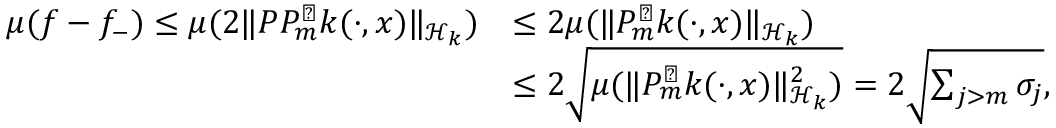
\begin{array} { r l } { \mu ( f - f _ { - } ) \le \mu ( 2 \lVert P P _ { m } ^ { \perp } k ( \cdot , x ) \rVert _ { \mathcal { H } _ { k } } ) } & { \le 2 \mu ( \lVert P _ { m } ^ { \perp } k ( \cdot , x ) \rVert _ { \mathcal { H } _ { k } } ) } \\ & { \le 2 \sqrt { \mu ( \lVert P _ { m } ^ { \perp } k ( \cdot , x ) \rVert _ { \mathcal { H } _ { k } } ^ { 2 } ) } = 2 \sqrt { \sum _ { j > m } \sigma _ { j } } , } \end{array}